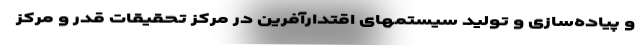
و پیاده‌سازی و تولید سیستمهای اقتدارآفرین در مرکز تحقیقات قدر و مرکز